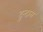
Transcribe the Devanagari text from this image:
दुन्दास